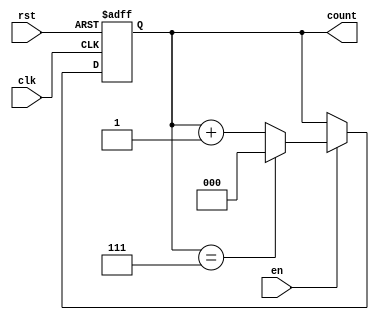
module windowed_counter #(
    parameter WINDOW_SIZE = 8 // Parameter for the window size (maximum count value)
)(
    input wire clk,            // Clock signal
    input wire rst,            // Asynchronous reset signal
    input wire en,             // Enable signal
    output reg [$clog2(WINDOW_SIZE)-1:0] count // Count output
);

// Asynchronous reset and counting mechanism
always @(posedge clk or posedge rst) begin
    if (rst) begin
        count <= 0; // Reset count to zero
    end else if (en) begin
        if (count == WINDOW_SIZE - 1) begin
            count <= 0; // Wrap around to zero when max count is reached
        end else begin
            count <= count + 1; // Increment count
        end
    end
end

endmodule